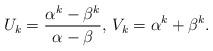
LaTeX: \begin{align*} U_{k}={\alpha^{k}-\beta^{k}\over \alpha-\beta},\,V_{k}=\alpha^{k}+\beta^{k}. \end{align*}